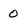
Character: 0